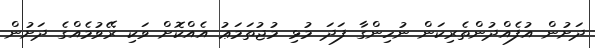
ދަށުން އުފެއްދުންތެރިކަން ނުހިންގާ ފަދަ މުޅި މުޖުތަމަޢު އެއްކޮށް ވަކި ރޭވުމެއްގެ ދަށުން